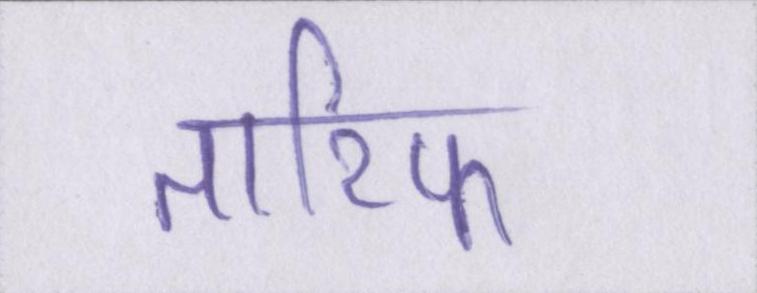
तारिफ